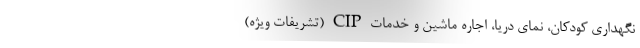
نگهداری کودکان، نمای دریا، اجاره ماشین و خدمات CIP (تشریفات ویژه)